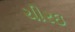
ચીરઇ